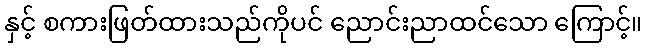
နှင့် စကားဖြတ်ထားသည်ကိုပင် ညောင်းညာထင်သော ကြောင့်။